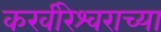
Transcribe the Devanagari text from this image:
करवीरेश्वराच्या